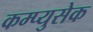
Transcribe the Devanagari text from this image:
कम्प्युसेक